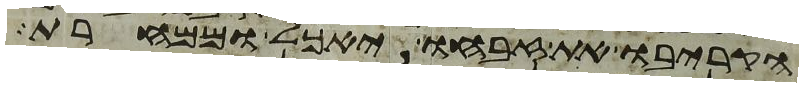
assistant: הקריבו את זבחו יאכל וממחרת